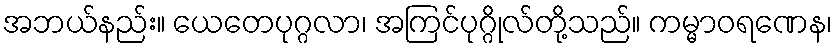
အဘယ်နည်း။ ယေတေပုဂ္ဂလာ၊ အကြင်ပုဂ္ဂိုလ်တို့သည်။ ကမ္မာဝရဏေန၊